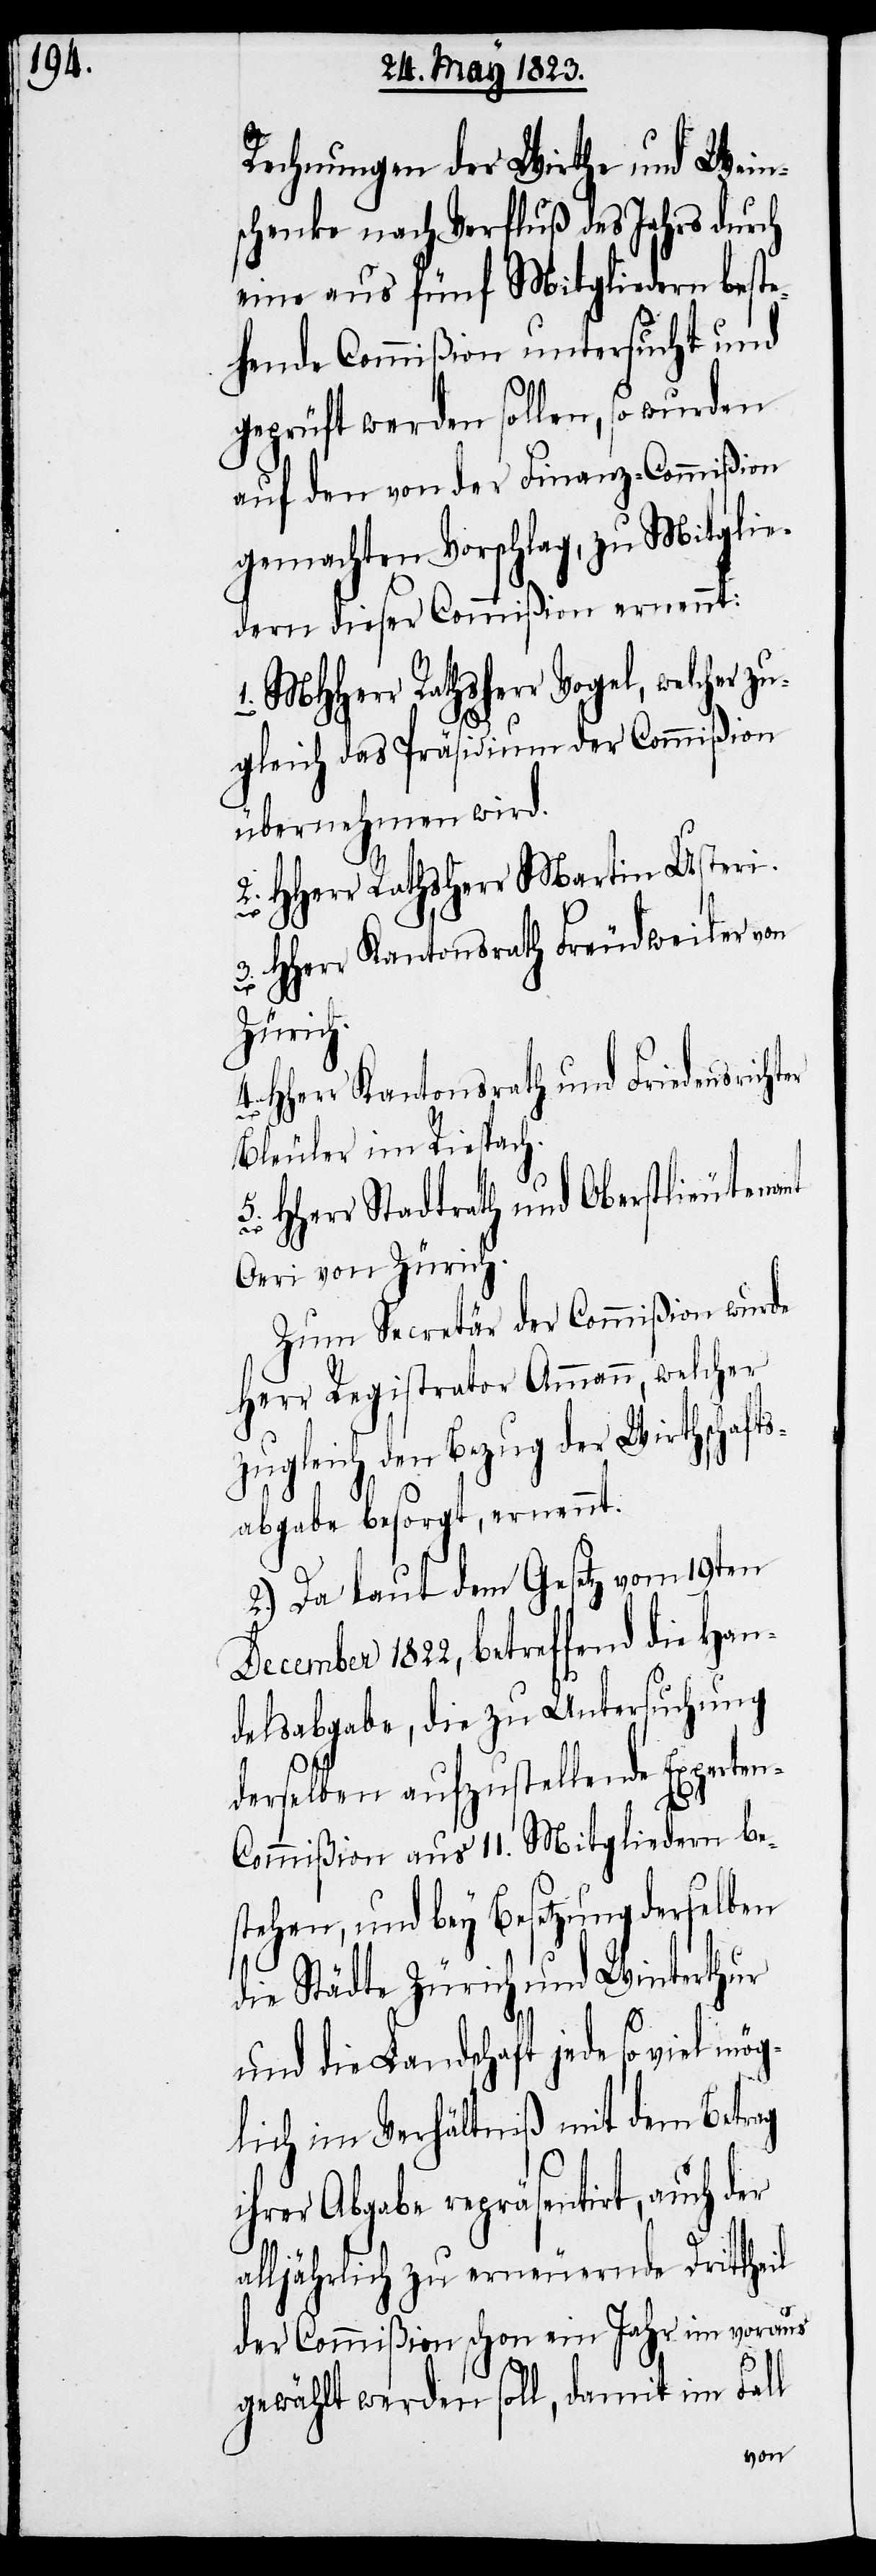
Rechnungen der Wirthe und Wein¬
schenke nach Verfluß des Jahrs durch
eine aus fünf Mitgliedern beste¬
hende Commißion untersucht und
geprüft werden sollen, so wurden
auf den von der Finanz-Commißion
gemachten Vorschlag, zu Mitglie¬
dern dieser Commißion ernennt:
1. MHHerr Rathsherr Vogel, welcher
zugleich das Präsidium der Commißion
übernehmen wird.
2. HHerr Rathsherr Martin Usteri.
3. Hherr Kantonsrath Freudweiler von
Zürich.
4. Hherr Kantonsrath und Friedensrichter
Bleuler im Riespach.
Hherr Stadtrath und Oberstlieutenant
Oeri von Zürich.
Zum Secretär der Commißion wurde
Herr Registrator Ammann, welcher
zugleich den Bezug der Wirthschafts¬
abgabe besorgt, ernennt.
2.) Da laut dem Gesetz vom 19ten
December 1822, betreffend die Han¬
delsabgabe, die zu Untersuchung
derselben aufzustellende Experte¬
n-Commißion aus 11. Mitgliedern be¬
stehen, und bey Besetzung derselben
die Städte Zürich und Winterthur
und die Landschaft jede so viel mö¬
glich im Verhältniß mit dem Betrag
ihrer Abgabe repräsentirt, auch der
alljährlich zu erneuernde Drittheil
der Commißion schon ein Jahr im voraus
gewählt werden soll, damit im Fall